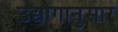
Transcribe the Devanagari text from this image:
उद्योगानुसार